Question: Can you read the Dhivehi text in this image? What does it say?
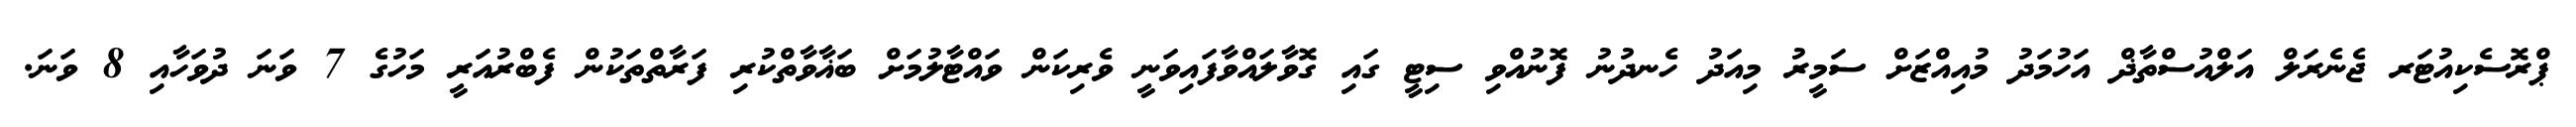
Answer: ޕްރޮސެކިއުޓަރ ޖެނެރަލް އަލްއުސްތާޛް އަހުމަދު މުއިއްޒަށް ސަމީރު މިއަދު ހެނދުނު ފޮނުއްވި ސިޓީ ގައި ގޮވާލައްވާފައިވަނީ ވެރިކަން ވައްޓާލުމަށް ބަޣާވާތްކުރި ފަރާތްތަކުން ފެބްރުއަރީ މަހުގެ 7 ވަނަ ދުވަހާއި 8 ވަނަ.